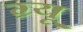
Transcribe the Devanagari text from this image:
ग्र्यू